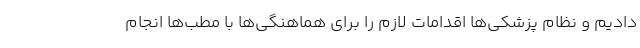
دادیم و نظام پزشکی‌ها اقدامات لازم را برای هماهنگی‌ها با مطب‌ها انجام